Annual administration report of the Civil Veterinary Department of India - 1897-1898
Year: 1897
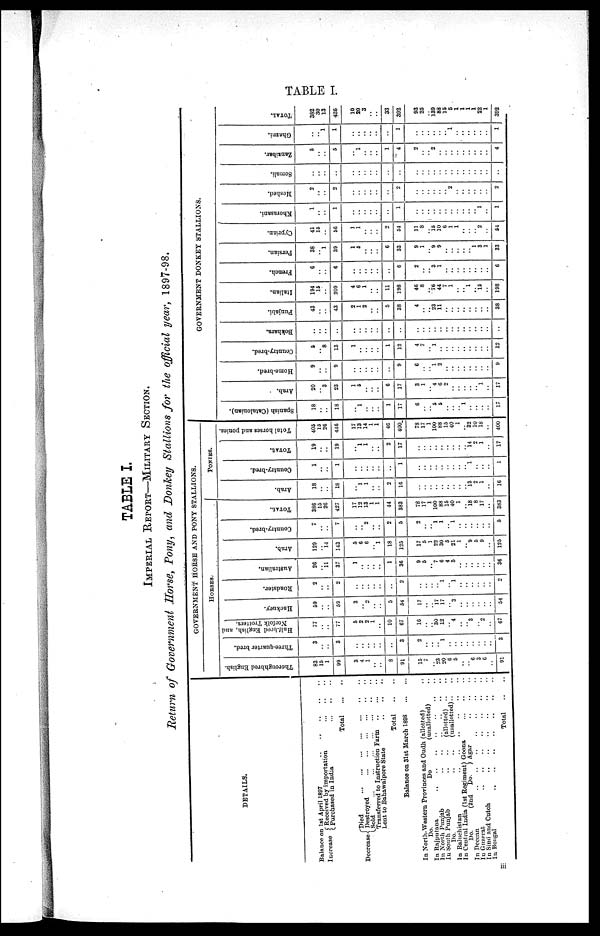
TABLE I.
TABLE I.
IMPERIAL REPORT—MILITARY SECTION.
Return of Government Horse, Pony, and Donkey Stallions for the official year, 1897-98.
DETAILS.
Balance on 1st April 1897
..
.. .. .. ..
Increase
Received by importation ... .. ..
Purchased in India ... .. ..
Total
...
..
Decrease
Died ... ... ... ... ... .. ..
Destroyed ... ... ... ... .. ..
Sold
...
...
...
...
...
..
..
Transferred to Instruction Farm .. ... ..
Lent to Bahawalpore State
..
..
..
Total
.. ..
Balance on 31st March
1898
...
...
In North-Western Provinces and Outh (alloted) ..
Do. Do (unalloted) ..
In Rajputana .. .. .. .. .. .. ..
In North Punjab .. .. .. .. .. ..
In South Punjab
..
..
(allotted)
.. ..
Do.
..
..
(unallotted) .. ..
In Baluchistan .. .. .. .. .. ..
In Central India (1st Regiment) Goona ... .. ..
Do.
(2nd
Do.
) Agar .. .. ..
In Deccan .. .. .. .. .. .. .. ..
In Guzerat
..
..
..
..
..
..
..
..
In Sind and Cutch .. .. .. .. .. ..
In Bengal
..
..
..
..
..
..
..
Total .. ..
GOVERNMENT HORSE AND PONY STALLIONS.
HORSES.
Thoroughbred English.
83
13
1
99
3
4
1 ..
..
8
91
15
7
.. 23
20
6
5
..
.. 6
3
6
..
91
Three-quarter bred.
3
..
..
3
..
..
.. ..
..
..
3
2
..
.. ..
1
.. .. ..
.. ..
..
.. ..
3
Half-bred English, and
Norfolk Trotters.
77
..
..
77
5
2
2 1
...
10
67
16
.. .. 30
.. .. 4
.. .. 3
.. 2
..
67
Hackney.
59
..
..
59
3
..
2
..
..
5
54
17
..
.. 17
..
.. 3
..
.. .. ..
..
..
54
Roadster.
2
..
..
2
..
..
.. ..
..
..
2
..
..
..
..
..
.. 1
..
.. ..
..
..
..
2
Australian.
26
..
11
37
1
..
.. ..
..
1
36
9
5
..
7
6
4 5
..
.. ..
..
.. ..
36
Arab.
129
..
14
143
5
6
6 ..
1
18
125
17
5
1
22
30
5 21
1
.. 9
5
9
..
125
Country-bred.
7
..
..
7
..
..
2 ..
..
2
5
2
.. .. 1
1
.. 1
..
.. .. ..
..
..
5
TOTAL.
386
15
26
427
17
12
13 1
1
44
383
78
17
1
100
88
15 40
1
.. 18
8
17
..
383
PONIES.
Arab.
18
..
..
18
..
1
1
..
..
2
16
..
..
.. ..
.. ..
..
..
.. 13
2
1
..
16
Country-bred.
1
..
..
1
..
..
..
..
..
..
1
..
..
..
..
..
.. ..
..
.. 1
..
..
..
1
TOTAL.
19
..
..
19
..
1
1 ..
..
2
17
..
..
..
..
.. ..
..
..
.. 14
2
1
..
17
Total horses and ponies.
405
15
26
446
17
13
14 1
1
46
400
78
17
1
100
..
.. 40
1
.. 32
10
18
..
400
GOVERNMENT DONKEY STALLIONS.
Spanish (Catalonian).
18
..
..
18
..
1
.. ..
..
1
17
6
..
.. 5
5
.. ..
.. 1
..
..
..
..
17
Arab.
20
..
3
23
1
5
..
..
..
6
17
3
1
.. 4
6
2
..
..
.. ..
.. 1
..
17
Home-bred.
9
..
..
9
..
..
.. ..
..
..
9
6
..
.. 1
2
.. ..
..
.. ..
..
..
..
9
Country-bred.
5
.. 8
13
1
.. ..
..
..
1
12
4
7
.. 1
..
.. ..
..
.. ..
..
..
..
12
Bokhara.
..
..
..
..
..
..
.. ..
..
..
..
..
..
..
..
..
.. ..
.. ..
.. ..
..
..
..
Punjabi.
43
..
..
43
2
1
2
..
..
5
38
..
.. ..
23
11
..
..
.. .. ..
..
..
..
38
Italian.
194
15
..
209
4
6
1 .. ..
11
198
..
8
.. 76
44
7
1
..
.. 1
.. 15
..
198
French.
6
..
..
6
..
..
..
..
..
..
6
2
..
.. 3
1
.. ..
..
.. ..
..
..
..
6
Persian.
38
.. 1
39
1
5
.. ..
..
6
33
..
1
.. 9
9
..
..
.. ..
.. 1
3
1
33
Cyprian.
41
15
..
56
1
1
.. ..
..
2
54
..
..
.. 15
10
6
1
1
..
..
.. 2
..
54
Khorasani.
1
..
..
1
..
..
.. ..
..
..
1
..
..
..
..
..
..
..
.. ..
.. .. 1
..
1
Meshed,
2
..
..
2
..
..
.. ..
..
..
2
..
..
..
..
..
.. 2
..
.. ..
..
..
..
2
Somali.
..
..
..
..
..
..
.. ..
..
..
..
..
..
..
..
..
.. ..
..
.. ..
..
..
..
..
Zanzibar.
5
..
..
5
..
1
..
..
..
1
4
2
.. ..
2
..
.. ..
..
.. ..
..
.. ..
4
Ghazni.
..
.. 1
1
..
..
.. ..
..
..
1
..
..
..
..
..
.. 1
..
.. ..
..
..
..
1
TOTAL.
382
30
13
425
10
20
3
..
..
33
392
93
25
..
139
88
15 5
1
1 1
1
22
1
392